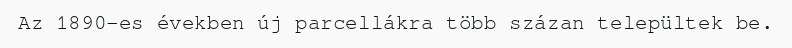
Az 1890-es években új parcellákra több százan települtek be.